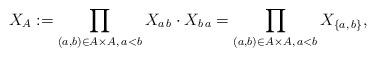
LaTeX: \begin{align*} X_{A}:=\prod_{(a,b)\in A \times A, \, a<b} X_{a\,b}\cdot X_{b\,a}=\prod_{(a,b)\in A \times A, \, a<b} X_{\{a,\,b\}},\end{align*}